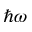
\hbar \omega